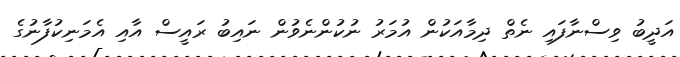
އަދީބު ވިސްނާފައި ނެތް ދިމާއަކުން އުމަރު ނުކުންނެވުން ނައިބު ރައީސް އާއި އެމަނިކުފާނުގެ